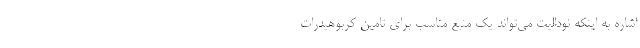
اشاره به اینکه نودالیت می­تواند یک منبع مناسب برای تامین کربوهیدرات